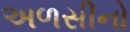
અળસીનો